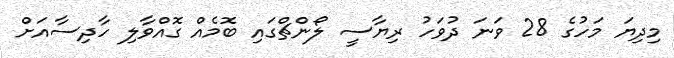
މިދިޔަ މަހުގެ 28 ވަނަ ދުވަހު ރިޔާސީ ލޯންޗްގައި ބޮމެއް ގޮއްވާލި ހާދިސާއަށް